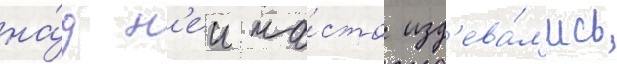
на́д н'еи ча́сто изд'ева́л'ись